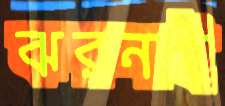
ঝরনাই